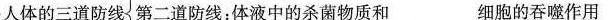
人体的三道防线{第二道防线：体液中的杀菌物质和_____细胞的吞噬作用